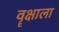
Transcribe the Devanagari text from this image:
वॄक्षाला